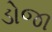
ડોજા